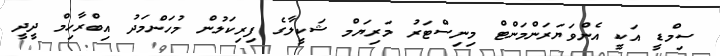
ސިމްޑީ އަކީ އެންވަޔަރަންމަންޓް މިނިސްޓަރު މަރިޔަމް ޝަކީލާގެ ފިރިކަލުން މުހަންމަދު އިބްރާހިމް ދީދީ